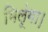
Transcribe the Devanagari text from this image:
मिलूंगा।